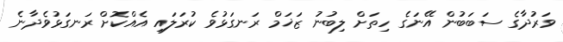
ވަރުދާގެ ސަބަބުން އޭނަގެ ހިތަށް ލިބުނު ޒަޚަމް ރަނގަޅުވެ ކުރަލައި އެއްކޮށް ރަނގަޅުވެދާނެ